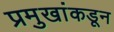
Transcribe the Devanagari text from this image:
प्रमुखांकडून